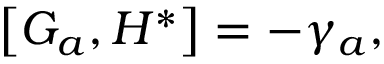
\left[ G _ { a } , H ^ { * } \right] = - \gamma _ { a } ,